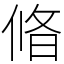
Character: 㫦